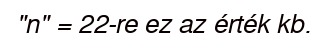
"n" = 22-re ez az érték kb.